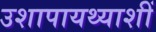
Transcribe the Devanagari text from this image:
उशापायथ्याशीं